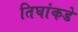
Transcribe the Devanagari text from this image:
तिघांकडे